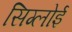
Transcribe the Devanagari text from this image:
सिग्लोई